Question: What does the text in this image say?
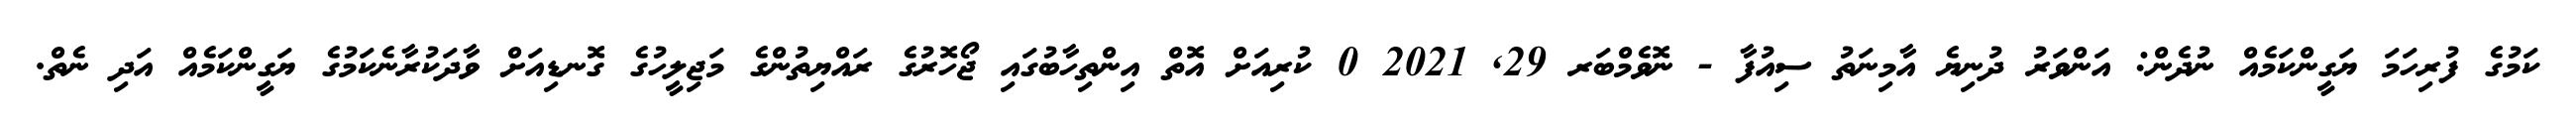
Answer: ކަމުގެ ފުރިހަމަ ޔަގީންކަމެއް ނުދެން: އަންވަރު ދުނިޔެ އާމިނަތު ސިއުފާ - ނޮވެމްބަރ 29, 2021 0 ކުރިއަށް އޮތް އިންތިހާބުގައި ޖޯހޮރުގެ ރައްޔިތުންގެ މަޖިލީހުގެ ގޮނޑިއަށް ވާދަކުރާނެކަމުގެ ޔަގީންކަމެއް އަދި ނެތް.